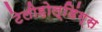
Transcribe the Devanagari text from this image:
टेलीहोल्डिंग्स